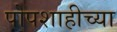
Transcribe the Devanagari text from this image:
पोपशाहीच्या